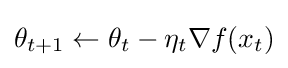
\theta _{t+1}\leftarrow \theta _{t}-\eta _{t}\nabla f(x_{t})